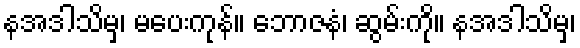
နအဒါသိမှ၊ မပေးကုန်။ ဘောဇနံ၊ ဆွမ်းကို။ နအဒါသိမှ၊